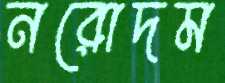
নরোদম